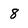
Character: 8